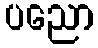
ပညော